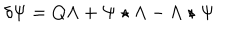
\delta \Psi = Q \Lambda + \Psi \star \Lambda - \Lambda \star \Psi